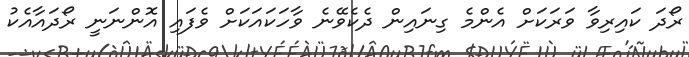
ރޯދަ ކައިރިވާ ވަރަކަށް އެންމެ ގިނައިން ދެކެވޭނެ ވާހަކައަކަށް ވެފައި އޮންނަނީ ރޯދައާއެކު